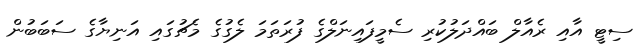
ސިޓީ އާއި ރެއާލް ބައްދަލުކުރި ސެމީފައިނަލްގެ ފުރަތަމަ ލެގުގެ މެޗުގައި އަނިޔާގެ ސަބަބުން